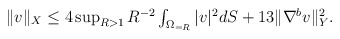
\begin{align*} \textstyle \|v\|_{X}\le 4\sup_{R>1} R^{-2} \int_{\Omega_{=R}}|v|^{2}dS + 13\|\nabla^{b} v\|^{2}_{Y}. \end{align*}